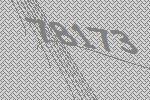
78173